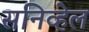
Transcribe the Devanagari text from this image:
सनिव्हेल